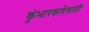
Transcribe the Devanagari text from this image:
कुंभारकलेसाठी